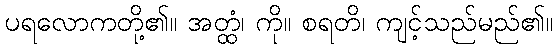
ပရလောကတို့၏။ အတ္ထံ၊ ကို။ စရတိ၊ ကျင့်သည်မည်၏။